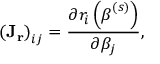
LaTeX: \left( \mathbf { J _ { r } } \right) _ { i j } = { \frac { \partial r _ { i } \left( { \boldsymbol { \beta } } ^ { ( s ) } \right) } { \partial \beta _ { j } } } ,